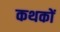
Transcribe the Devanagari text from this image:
कथकों